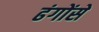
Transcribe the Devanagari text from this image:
ढंगोंसे